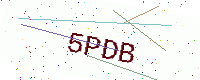
Text: 5PDB